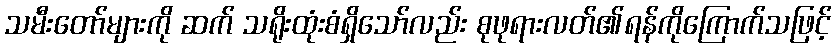
သမီးတော်များကို ဆက် သရိုးထုံးစံရှိသော်လည်း စုဖုရားလတ်၏ရန်ကိုကြောက်သဖြင့်